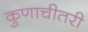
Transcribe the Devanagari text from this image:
कुणाचीतरी